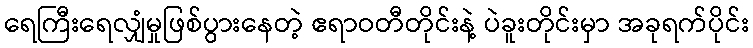
ရေကြီးရေလျှံမှုဖြစ်ပွားနေတဲ့ ဧရာဝတီတိုင်းနဲ့ ပဲခူးတိုင်းမှာ အခုရက်ပိုင်း